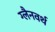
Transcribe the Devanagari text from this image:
ग्लैनवर्थ